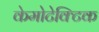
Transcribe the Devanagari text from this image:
केमोटेक्टिक